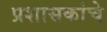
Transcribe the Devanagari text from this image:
प्रशासकांचे